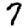
Digit: 7